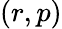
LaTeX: (r,p)